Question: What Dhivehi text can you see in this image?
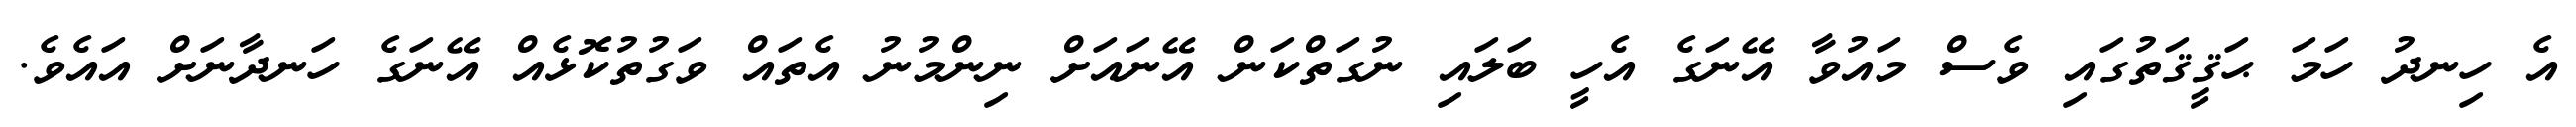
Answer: އެ ހިނދު ހަމަ ޙަޤީޤަތުގައި ވެސް މައުވާ އޭނަގެ އެހީ ބަލައި ނުގަތްކަން އޭނައަށް ނިންމުނު އެތައް ވަގުތުކޮޅެއް އޭނަގެ ހަނދާނަށް އައެވެ.